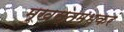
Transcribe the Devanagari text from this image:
मुखस्तम्भकरं